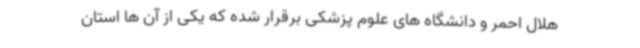
هلال احمر و دانشگاه های علوم پزشکی برقرار شده که یکی از آن ها استان